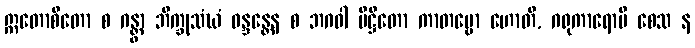
ဣတောစိတော စ ဂန္တွာ ဘိက္ခုသံဃံ ဝန္ဒန္တေန စ ဘဂဝါ ပိဋ္ဌိတော ကာတဗ္ဗော ဟောတိ, ဂရုကာရောပိ စေသ န